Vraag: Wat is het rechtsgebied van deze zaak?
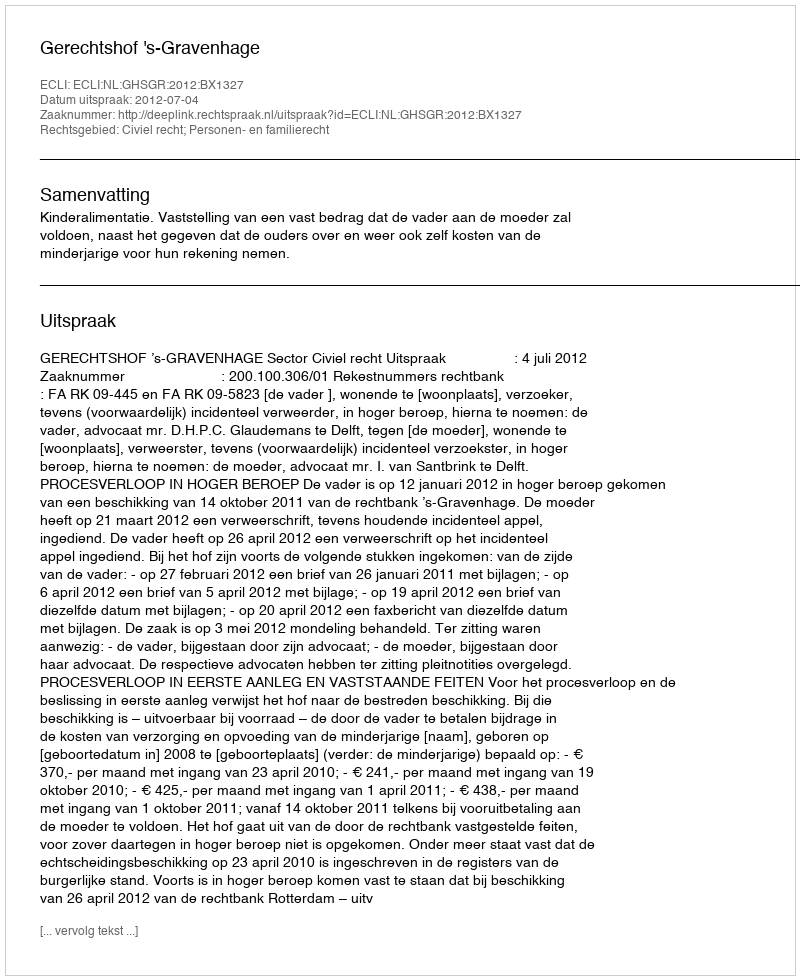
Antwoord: Civiel recht; Personen- en familierecht